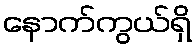
နောက်ကွယ်ရှိ